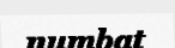
numbat